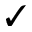
\checkmark